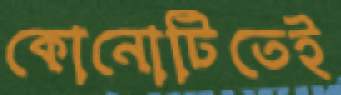
কোনোটিতেই